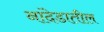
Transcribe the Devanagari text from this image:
नांदेडातील